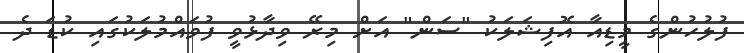
ފުލުހުންގެ މީޑިއާ އޮފިޝަލަކު "ސަން" އަށް މިރޭ ވިދާޅުވީ ފުވައްމުލަކުގައި ކުޑަ ދެ